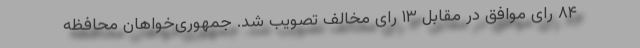
۸۴ رای موافق در مقابل ۱۳ رای مخالف تصویب شد. جمهوری‌خواهان محافظه